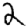
Digit: 2